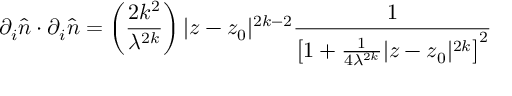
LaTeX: \partial _ { i } \hat { n } \cdot \partial _ { i } \hat { n } = \left( \frac { 2 k ^ { 2 } } { \lambda ^ { 2 k } } \right) | z - z _ { 0 } | ^ { 2 k - 2 } \frac { 1 } { \left[ 1 + \frac { 1 } { 4 \lambda ^ { 2 k } } | z - z _ { 0 } | ^ { 2 k } \right] ^ { 2 } }